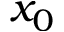
x _ { 0 }